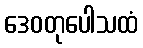
ဒေဝတုပေါသထံ